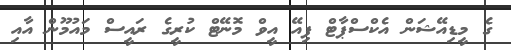
ގެ މީޑިއޭޝަން އެކްސްޕާޓް ޕިއޭ އީވް މޮނޭޓް ކުރީގެ ރައީސް މައުމޫން އާއި